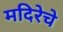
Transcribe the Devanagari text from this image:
मदिरेचे